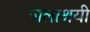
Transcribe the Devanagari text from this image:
जलाश्रयी